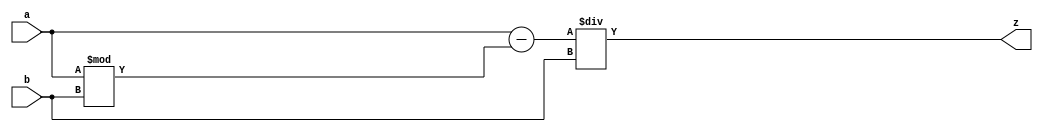
module div_32_b(input signed[31:0] a, b, output reg[31:0] z);
	reg[63:32] high, low;
	
	always @ (*)
	begin
		high = a % b;
		low = (a - high) / b;
		
		begin	
			z = {high, low};
			
		end
	end
	
endmodule